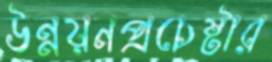
উন্নয়নপ্রচেষ্টার